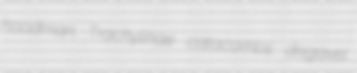
hoodman Trachylinae catacombs disgavel